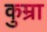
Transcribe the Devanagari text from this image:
कुम्रा